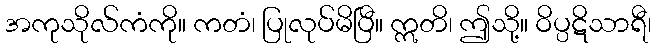
အကုသိုလ်ကံကို။ ကတံ၊ ပြုလုပ်မိပြီ။ ဣတိ၊ ဤသို့။ ဝိပ္ပဋိသာရီ၊